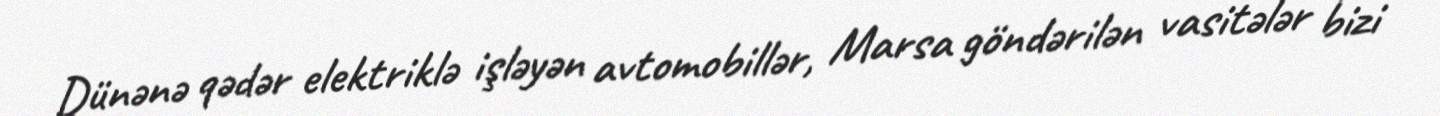
Dünənə qədər elektriklə işləyən avtomobillər, Marsa göndərilən vasitələr bizi